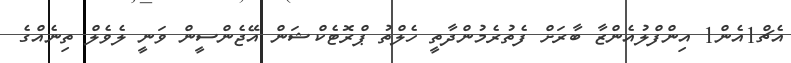
އެޗް1އެން1 އިންފްލުއެންޒާ ބާރަށް ފެތުރެމުންދާތީ ހެލްތު ޕްރޮޓެކްޝަން އޭޖެންސީން ވަނީ ލެވެލް ތިނެއްގެ